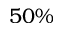
5 0 \%